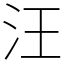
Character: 汪